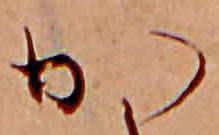
か